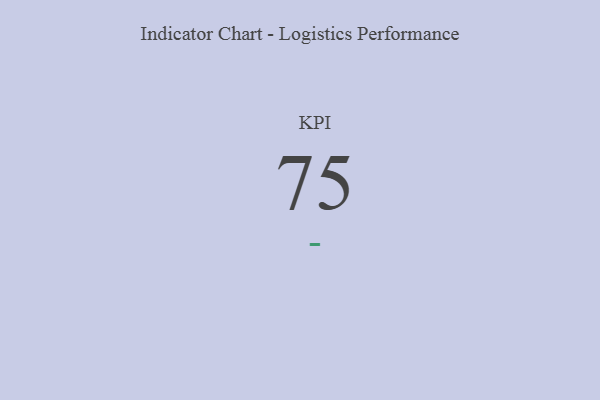
{"axis": {"x": "KPI", "y": "Value"}, "legend": [""], "data": [{"x": "KPI", "y": 75, "type": ""}]}